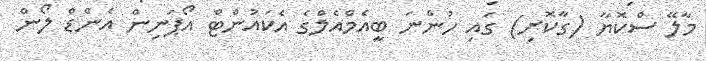
މާލޭ ސްކޮޔާ (ގާކޮށި) ގައި ހުންނަ ބީއެމްއެލްގެ އެކައުންޓް އޯޕަނިން އެންޑް ލޯން